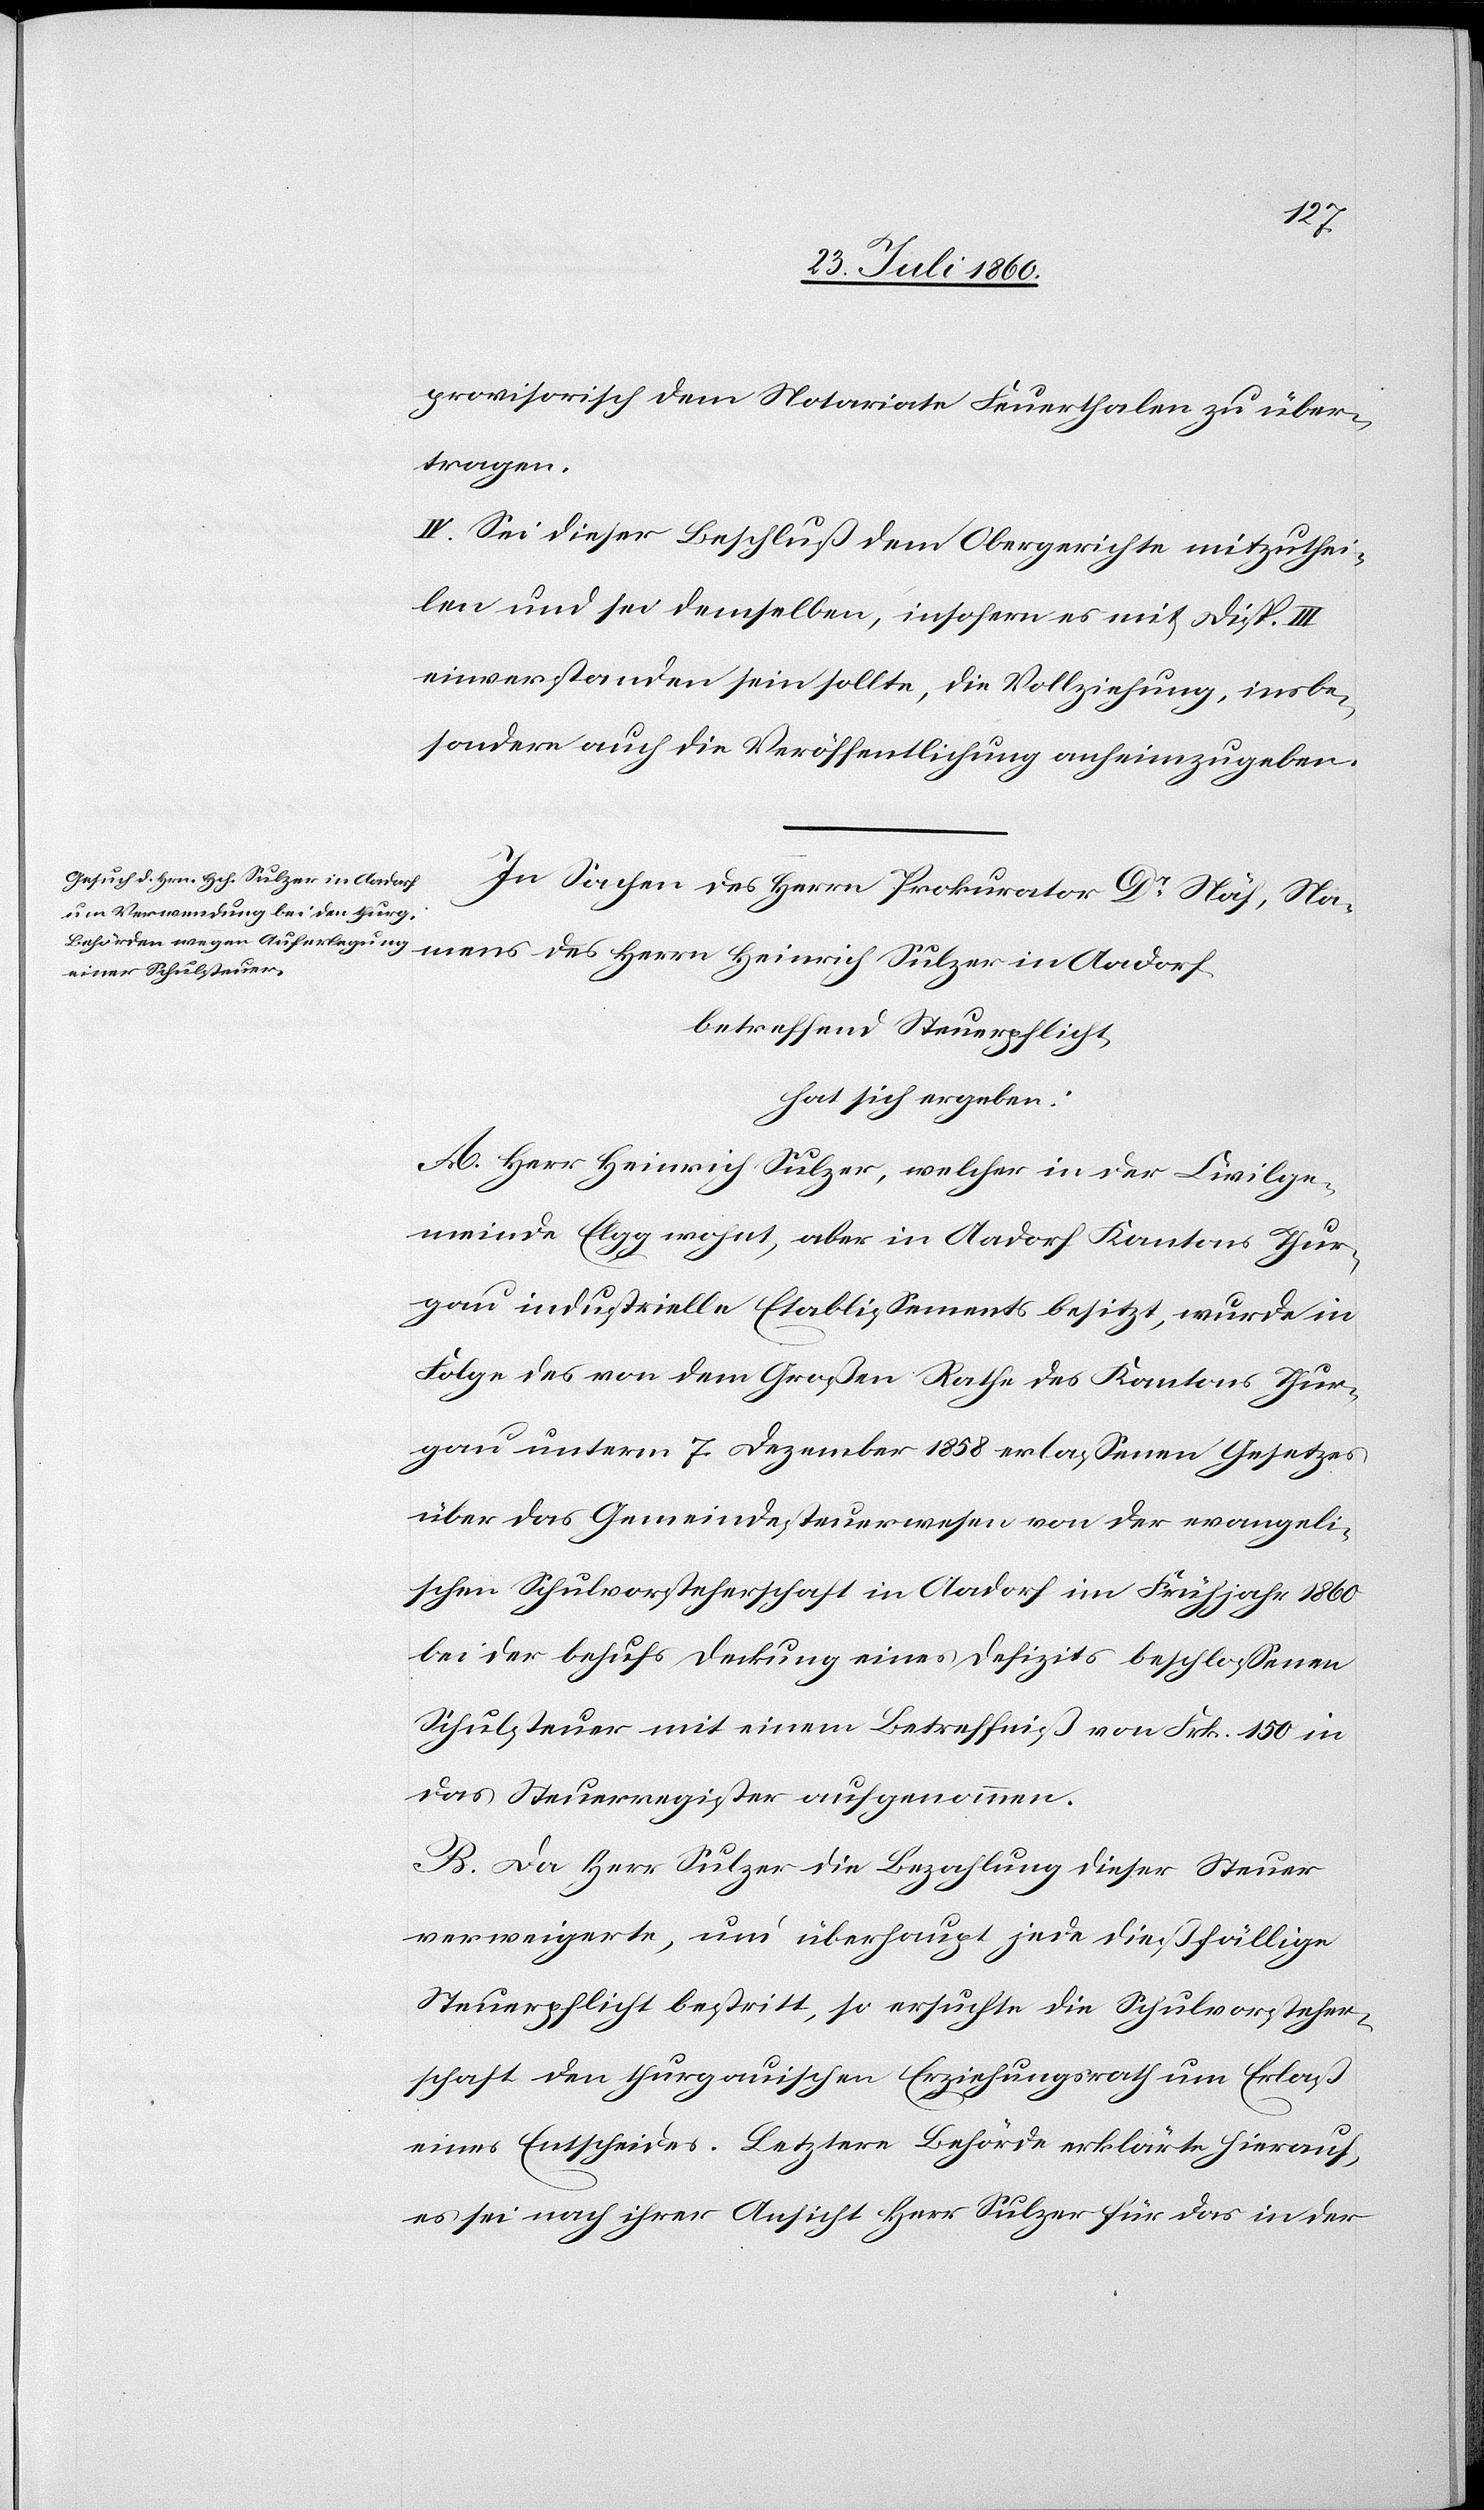
len
provisorisch dem Notariate Feuerthalen zu über¬
tragen.
IV. Sei dieser Beschluß dem Obergerichte zmitzuthei¬
und sei demselben, sofern es mit Disp. III.
einverstanden sein sollte, die Vollziehung insbe¬
sondere auch die Veröffentlichung anheim zu geben.
In Sachen des Herrn Prokurator Dr Näf, Na¬
mens des Herrn Heinrich Sulzer in Aadorf,
betreffend Steuerpflicht
hat sich ergeben:
A. Herr Heinrich Sulzer, welcher in der Civilge¬
meinde Elgg wohnt, aber in Aadorf, Kantons Thur¬
gau industrielle Etablissements besitzt, wurde in
Folge des von dem Grossen Rathe des Kantons Thur¬
gau unterm 7. Dezember 1858 erlassenen Gesetzes
über das Gemeindsteuerwesen von der Evangeli¬
schen Schulvorsteherschaft in Aadorf im Frühjahr 1860
bei der behufs Deckung eines Defizits beschlossenen
Schulsteuer mit einem Betreffniss von fcs. 150 in
das Steuerregister aufgenommen.
B. Da Herr Sulzer die Bezahlung dieser Steuer
verweigerte und überhaupt jede diesfällige
Steuerpflicht bestritt, so ersuchte die Schulvorsteher¬
schaft den thurgauischen Erziehungsrath um Erlass
eines Entscheides. Letztere Behörde erklärte hierauf,
es sei nach ihrer Ansicht Herr Sulzer für das in der